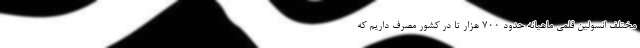
مختلف انسولین قلمی ماهیانه حدود ۷۰۰ هزار تا در کشور مصرف داریم که